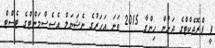
ޕީ ޕްރޮޖެކްޓްގެ ދަށުން ހިންގާ 2015 ވަނަ އަހަރުގެ ނެޝަނަލް އެސެސްމަންޓްގެ ޓެސްޓް